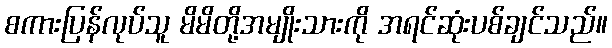
စကားပြန်လုပ်သူ မိမိတို့အမျိုးသားကို အရင်ဆုံးပစ်ချင်သည်။